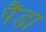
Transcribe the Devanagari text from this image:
पैंडा